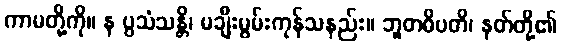
ကာမတို့ကို။ န ပ္ပသံသန္တိ၊ မချီးမွမ်းကုန်သနည်း။ ဘူတဓိပတိ၊ နတ်တို့၏